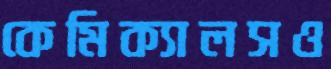
কেমিক্যালসও